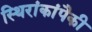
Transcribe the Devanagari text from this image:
स्थिरांकांपैकी